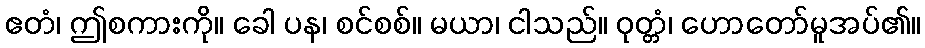
ဧတံ၊ ဤစကားကို။ ခေါ ပန၊ စင်စစ်။ မယာ၊ ငါသည်။ ဝုတ္တံ၊ ဟောတော်မူအပ်၏။